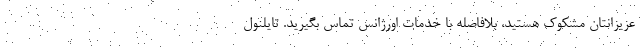
عزیزانتان مشکوک هستید، بلافاصله با خدمات اورژانس تماس بگیرید. تایلنول